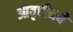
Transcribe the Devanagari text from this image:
आवृत्तीमधे